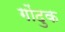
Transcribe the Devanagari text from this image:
गोंदुक